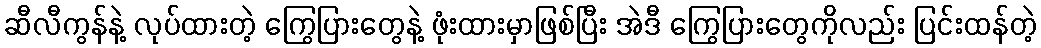
ဆီလီကွန်နဲ့ လုပ်ထားတဲ့ ကြွေပြားတွေနဲ့ ဖုံးထားမှာဖြစ်ပြီး အဲဒီ ကြွေပြားတွေကိုလည်း ပြင်းထန်တဲ့